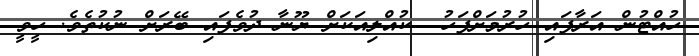
ހުއްޓުން އަރާފައި ހުރުމަށްފަހު  ކުއްލިއަކަށް ޔޫނާ ދުވެފައި ބޭރަށް ނުކުތެވެ. ހީވީ